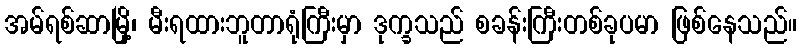
အမ်ရစ်ဆာမြို့၊ မီးရထားဘူတာရုံကြီးမှာ ဒုက္ခသည် စခန်းကြီးတစ်ခုပမာ ဖြစ်နေသည်။